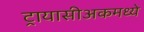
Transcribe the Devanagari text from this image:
ट्रायासीअकमध्ये